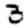
Digit: 3